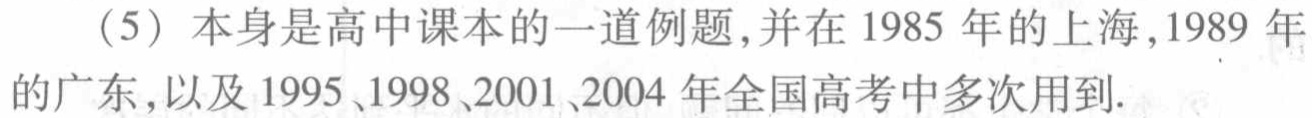
（5）本身是高中课本的一道例题，并在1985年的上海，1989年的广东，以及1995、1998、2001、2004 年全国高考中多次用到.